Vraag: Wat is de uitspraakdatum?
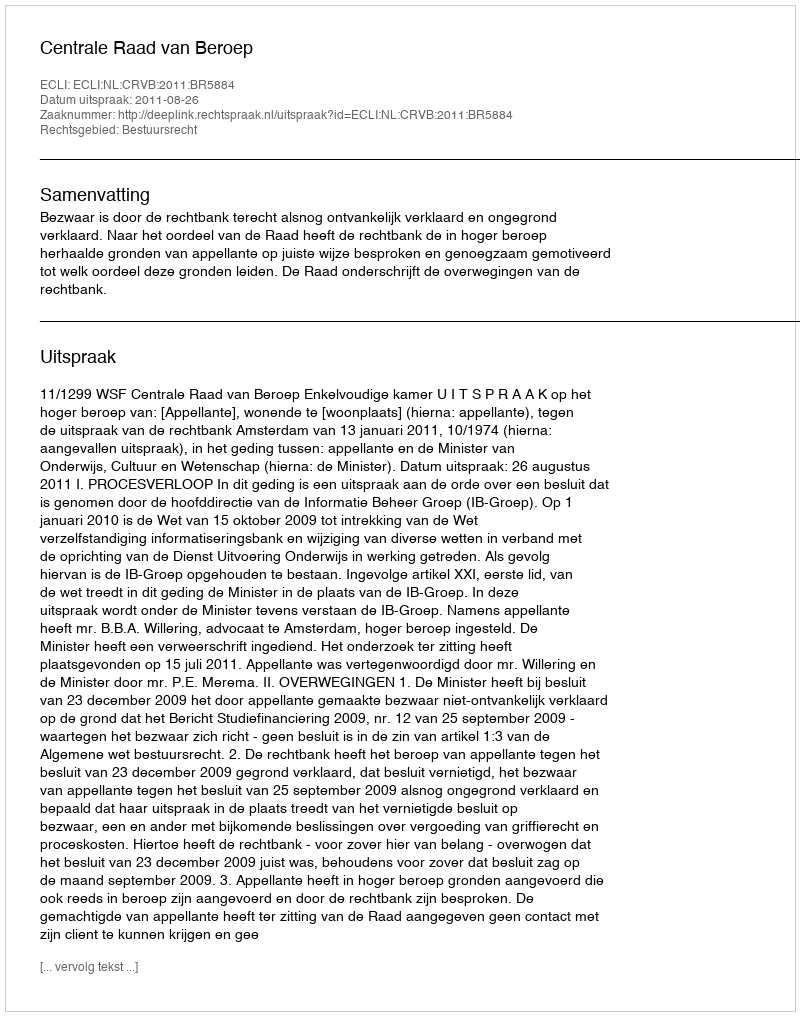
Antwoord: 2011-08-26